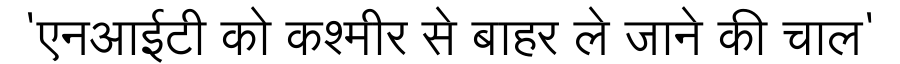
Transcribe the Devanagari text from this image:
'एनआईटी को कश्मीर से बाहर ले जाने की चाल'